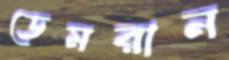
ডেমরান